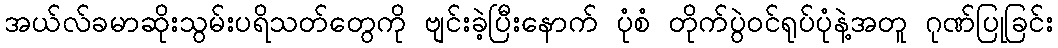
အယ်လ်ခမာဆိုးသွမ်းပရိသတ်တွေကို ဗျင်းခဲ့ပြီးနောက် ပုံစံ တိုက်ပွဲဝင်ရုပ်ပုံနဲ့အတူ ဂုဏ်ပြုခြင်း